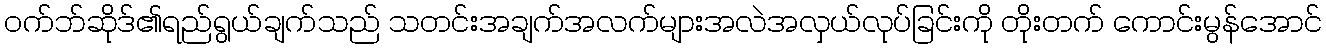
ဝက်ဘ်ဆိုဒ်၏ရည်ရွယ်ချက်သည် သတင်းအချက်အလက်များအလဲအလှယ်လုပ်ခြင်းကို တိုးတက် ကောင်းမွန်အောင်